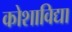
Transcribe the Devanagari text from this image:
कोशाविद्या